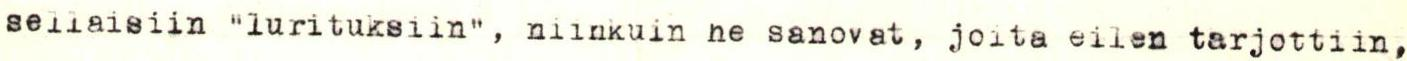
sellaisiin "lurituksiin", niinkuin he sanovat, joita eilen tarjottiin,